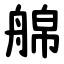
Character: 艊